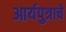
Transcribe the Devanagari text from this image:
आर्यपुत्राचे